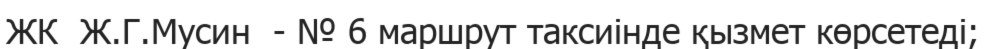
ЖК  Ж.Г.Мусин  - № 6 маршрут таксиінде қызмет көрсетеді;